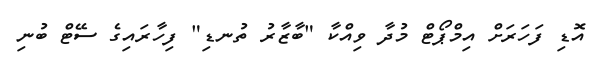
އޮޑި ފަހަރަށް އިމްޕޯޓް މުދާ ވިއްކާ "ބާޒާރު ތުނޑި" ފިހާރައިގެ ސޭޓް ބުނި